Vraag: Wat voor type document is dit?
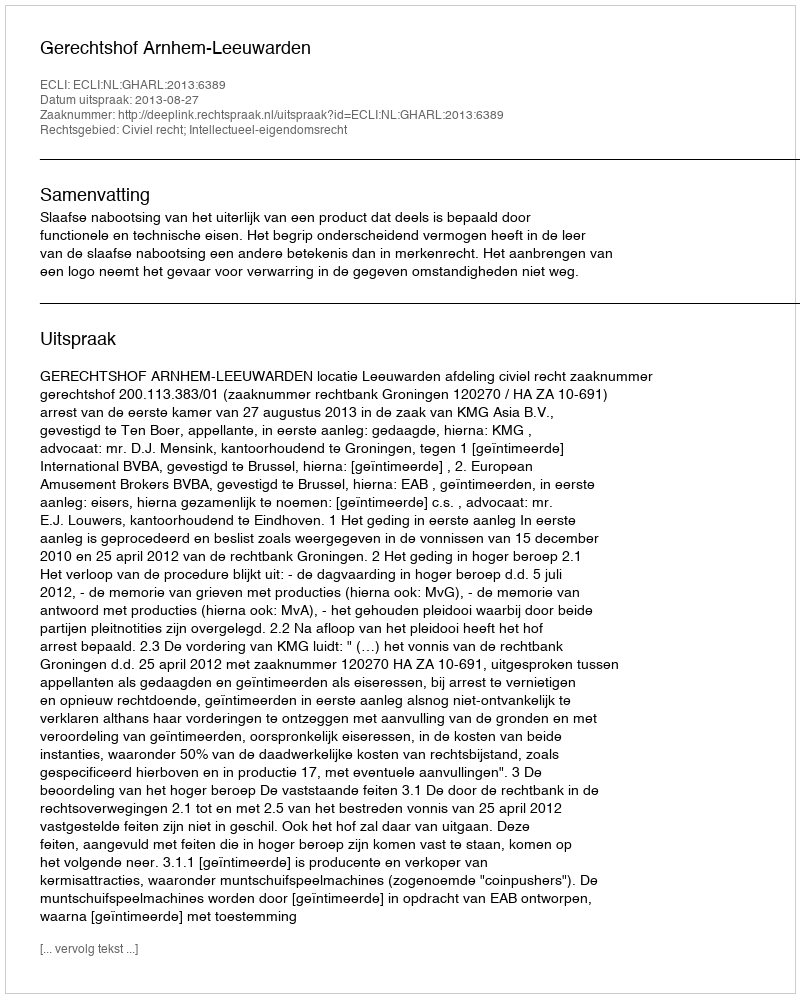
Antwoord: Uitspraak